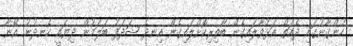
ހުންގާނުގައި ދެއަތް އަޅުވާލައިގެން ބޯތިރިކޮށްލައިގެން އިނދެ ޝަދަފު ބަލަމުން ދިޔައީ ހެނދުނު އޭނާ